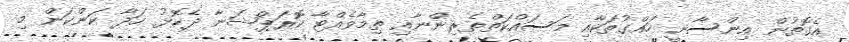
އެގޮތުން އިންސާނީ ހައްގުތަކާއި މަސައްކަތްތެރިންނާއި ތިމާވެއްޓާ ކޮރަޕްޝަނާ ދެކޮޅު ހަދާ ކަންކަން މި